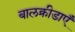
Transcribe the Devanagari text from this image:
बालक्रीडाएँ